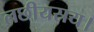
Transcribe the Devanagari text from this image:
लछीयस्रय।